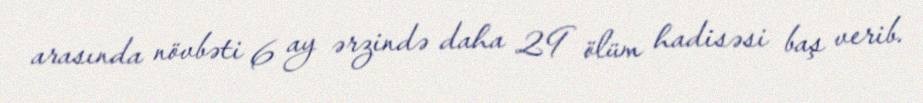
arasında növbəti 6 ay ərzində daha 29 ölüm hadisəsi baş verib.